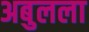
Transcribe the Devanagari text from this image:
अबुलला